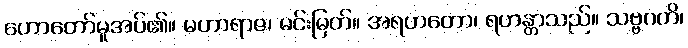
ဟောတော်မူအပ်၏။ မဟာရာဇ၊ မင်းမြတ်။ အရဟတော၊ ရဟန္တာသည်။ သဗ္ဗဂတိ၊